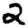
Digit: 2